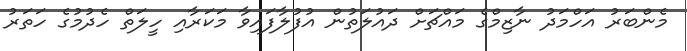
މެންބަރު އަހްމަދު ނާޒިމްގެ މައްޗަށް ދައުލަތުން އުފުލާފައިވާ މަކަރާއި ހީލަތް ހެދުމުގެ ހަތަރު